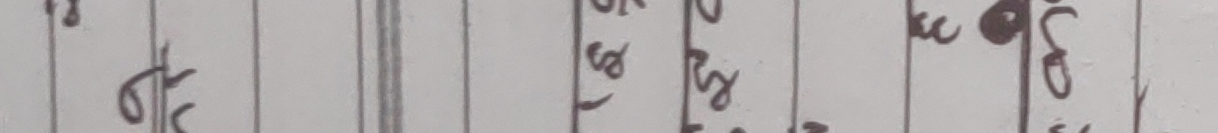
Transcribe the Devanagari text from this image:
नाईँ